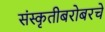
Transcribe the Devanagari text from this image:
संस्कृतीबरोबरचे